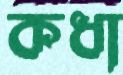
কধা